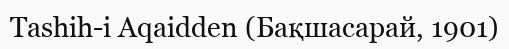
Tashih-i Aqaidden (Бақшасарай, 1901)